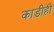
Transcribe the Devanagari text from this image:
काडीही